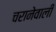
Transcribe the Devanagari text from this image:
चरानेवाली